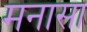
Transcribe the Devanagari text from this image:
मनासा